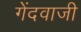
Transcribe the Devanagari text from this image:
गेंदवाजी